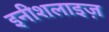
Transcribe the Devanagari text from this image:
इनीशलाइज़